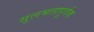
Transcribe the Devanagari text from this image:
सुलभतापूर्वक